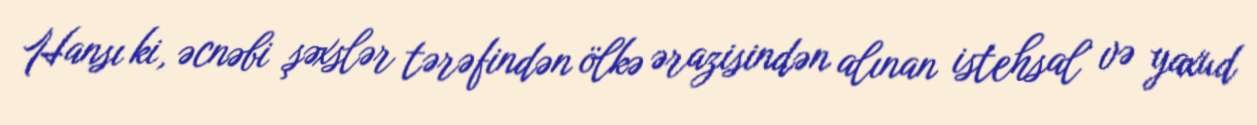
Hansı ki, əcnəbi şəxslər tərəfindən ölkə ərazisindən alınan istehsal və yaxud